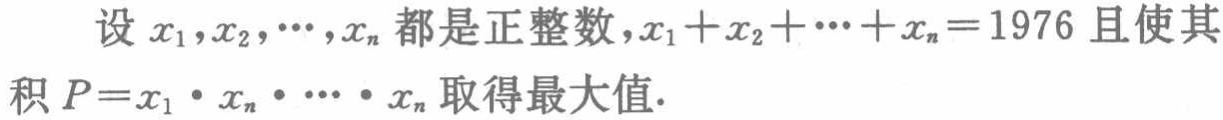
设 \(x_1,x_2,\cdots,x_n\) 都是正整数，\(x_1 + x_2+\cdots + x_n = 1976\) 且使其积 \(P = x_1\cdot x_n\cdot\cdots\cdot x_n\) 取得最大值.